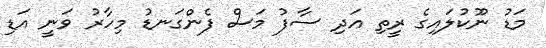
މަޑު ނޫކުލައިގެ ރީތި އަދި ސާފު މަސް ފެންގަނޑު މިހާރު ވަނީ އަޑި